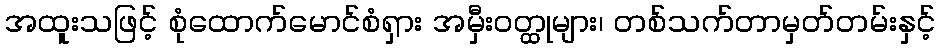
အထူးသဖြင့် စုံထောက်မောင်စံရှား အမှီးဝတ္ထုများ၊ တစ်သက်တာမှတ်တမ်းနှင့်